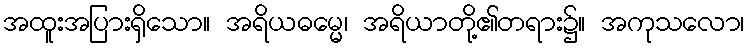
အထူးအပြားရှိသော။ အရိယဓမ္မေ၊ အရိယာတို့၏တရား၌။ အကုသလော၊